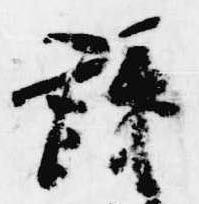
議